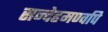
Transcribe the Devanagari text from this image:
सन्देहमण्वपि